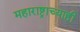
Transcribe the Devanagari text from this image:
महाराष्ट्राच्याही